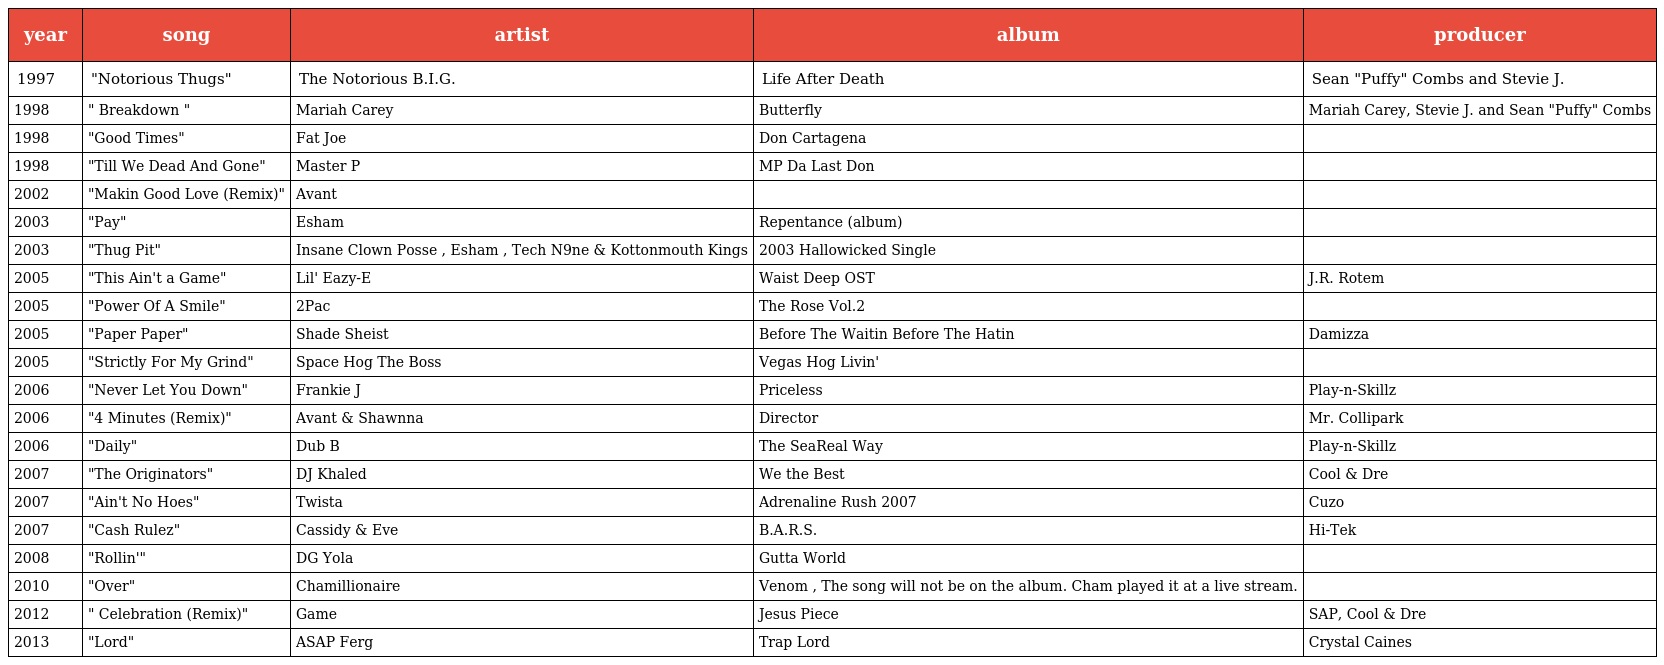
| year | song | artist | album | producer |
 | --- | --- | --- | --- | --- |
 | 1997 | "Notorious Thugs" | The Notorious B.I.G. | Life After Death | Sean "Puffy" Combs and Stevie J. |
 | 1998 | " Breakdown " | Mariah Carey | Butterfly | Mariah Carey, Stevie J. and Sean "Puffy" Combs |
 | 1998 | "Good Times" | Fat Joe | Don Cartagena |  |
 | 1998 | "Till We Dead And Gone" | Master P | MP Da Last Don |  |
 | 2002 | "Makin Good Love (Remix)" | Avant |  |  |
 | 2003 | "Pay" | Esham | Repentance (album) |  |
 | 2003 | "Thug Pit" | Insane Clown Posse , Esham , Tech N9ne & Kottonmouth Kings | 2003 Hallowicked Single |  |
 | 2005 | "This Ain't a Game" | Lil' Eazy-E | Waist Deep OST | J.R. Rotem |
 | 2005 | "Power Of A Smile" | 2Pac | The Rose Vol.2 |  |
 | 2005 | "Paper Paper" | Shade Sheist | Before The Waitin Before The Hatin | Damizza |
 | 2005 | "Strictly For My Grind" | Space Hog The Boss | Vegas Hog Livin' |  |
 | 2006 | "Never Let You Down" | Frankie J | Priceless | Play-n-Skillz |
 | 2006 | "4 Minutes (Remix)" | Avant & Shawnna | Director | Mr. Collipark |
 | 2006 | "Daily" | Dub B | The SeaReal Way | Play-n-Skillz |
 | 2007 | "The Originators" | DJ Khaled | We the Best | Cool & Dre |
 | 2007 | "Ain't No Hoes" | Twista | Adrenaline Rush 2007 | Cuzo |
 | 2007 | "Cash Rulez" | Cassidy & Eve | B.A.R.S. | Hi-Tek |
 | 2008 | "Rollin'" | DG Yola | Gutta World |  |
 | 2010 | "Over" | Chamillionaire | Venom , The song will not be on the album. Cham played it at a live stream. |  |
 | 2012 | " Celebration (Remix)" | Game | Jesus Piece | SAP, Cool & Dre |
 | 2013 | "Lord" | ASAP Ferg | Trap Lord | Crystal Caines |